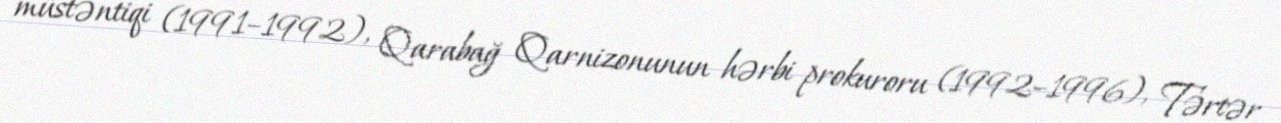
müstəntiqi (1991–1992), Qarabağ Qarnizonunun hərbi prokuroru (1992–1996), Tərtər